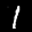
Label: 1